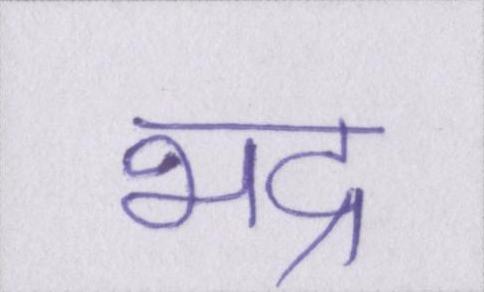
भद्र